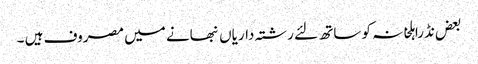
بعض نڈراہلخانہ کو ساتھ لئے رشتہ داریاں نبھانے میں مصروف ہیں ۔